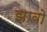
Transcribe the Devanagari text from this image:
झावो